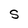
Character: S